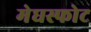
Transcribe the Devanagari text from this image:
मेघस्फोट